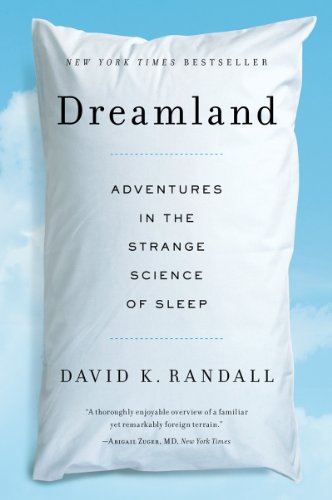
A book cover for Dreamland: Adventures in the Strange Science of Sleep; David K. Randall; Health, Fitness & Dieting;